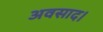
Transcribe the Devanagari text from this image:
अवसाद।